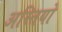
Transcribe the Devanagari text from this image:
अस्तियो